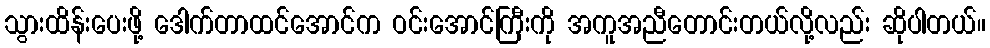
သွားထိန်းပေးဖို့ ဒေါက်တာထင်အောင်က ဝင်းအောင်ကြီးကို အကူအညီတောင်းတယ်လို့လည်း ဆိုပါတယ်။